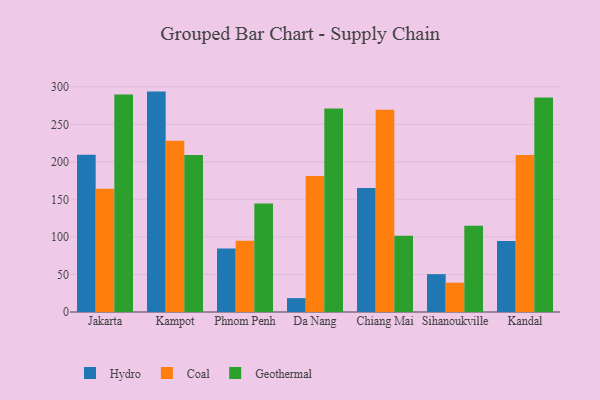
{"axis": {"x": "City", "y": "Latency (ms)"}, "legend": ["Coal", "Geothermal", "Hydro"], "data": [{"x": "Jakarta", "y": 209.4, "type": "Hydro"}, {"x": "Jakarta", "y": 164.1, "type": "Coal"}, {"x": "Jakarta", "y": 289.8, "type": "Geothermal"}, {"x": "Kampot", "y": 293.6, "type": "Hydro"}, {"x": "Kampot", "y": 228.0, "type": "Coal"}, {"x": "Kampot", "y": 209.1, "type": "Geothermal"}, {"x": "Phnom Penh", "y": 84.6, "type": "Hydro"}, {"x": "Phnom Penh", "y": 95.0, "type": "Coal"}, {"x": "Phnom Penh", "y": 144.6, "type": "Geothermal"}, {"x": "Da Nang", "y": 18.5, "type": "Hydro"}, {"x": "Da Nang", "y": 181.2, "type": "Coal"}, {"x": "Da Nang", "y": 271.1, "type": "Geothermal"}, {"x": "Chiang Mai", "y": 165.2, "type": "Hydro"}, {"x": "Chiang Mai", "y": 269.4, "type": "Coal"}, {"x": "Chiang Mai", "y": 101.7, "type": "Geothermal"}, {"x": "Sihanoukville", "y": 50.4, "type": "Hydro"}, {"x": "Sihanoukville", "y": 39.0, "type": "Coal"}, {"x": "Sihanoukville", "y": 115.0, "type": "Geothermal"}, {"x": "Kandal", "y": 94.7, "type": "Hydro"}, {"x": "Kandal", "y": 209.1, "type": "Coal"}, {"x": "Kandal", "y": 285.9, "type": "Geothermal"}]}